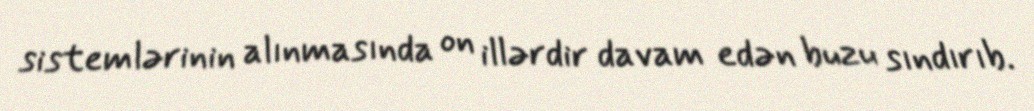
sistemlərinin alınmasında on illərdir davam edən buzu sındırıb.